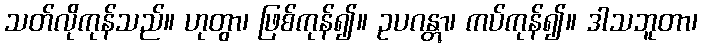
သတ်လိုကုန်သည်။ ဟုတွာ၊ ဖြစ်ကုန်၍။ ဥပဂန္တွာ၊ ကပ်ကုန်၍။ ဒါသဘူတာ၊